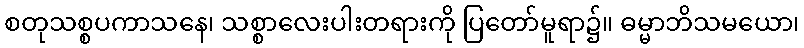
စတုသစ္စပကာသနေ၊ သစ္စာလေးပါးတရားကို ပြတော်မူရာ၌။ ဓမ္မာဘိသမယော၊